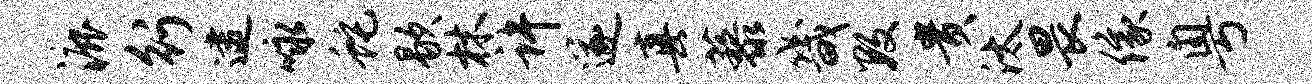
漉行逮咏蛇歇林许遂真藜畿数贵汰畏像粤